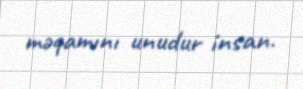
məqamını unudur insan.